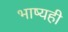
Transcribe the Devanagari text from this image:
भाष्यही